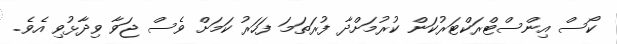
ކޯސް އިންސްޓްރަކްޓަރުކަން ކުރުމަށްދާ ފުރަތަމަ ފަހަރު ކަމަށް ވެސް ޖަވާ ވިދާޅުވި އެވެ.